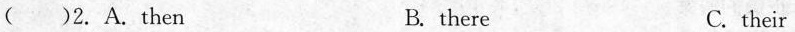
( )2. A.then B. there C. their